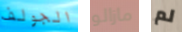
الجولف مازالو لم